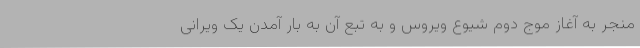
منجر به آغاز موج دوم شیوع ویروس و به تبع آن به بار آمدن یک ویرانی